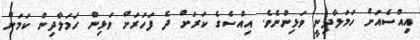
އިއްސެއަށް ހަމަލާދިނީ ވަޅިންނެވެ. އިއްސެގެ ކަރަށް ދެ ފަހަރަށް ވަޅިން ހަމަލާދިން ކަމަށް